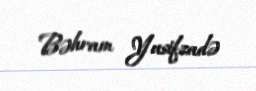
Bəhram Yusifzadə